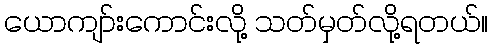
ယောကျာ်းကောင်းလို့ သတ်မှတ်လို့ရတယ်။